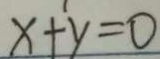
x + y = 0